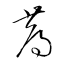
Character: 蓐